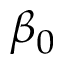
\beta _ { 0 }